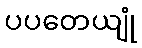
ပပတေယျုံ